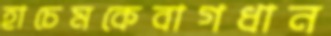
হাচেমকেবাগধান